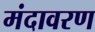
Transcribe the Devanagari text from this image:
मंदावरण